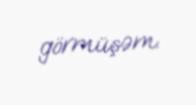
görmüşəm.